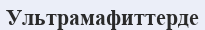
Ультрамафиттерде